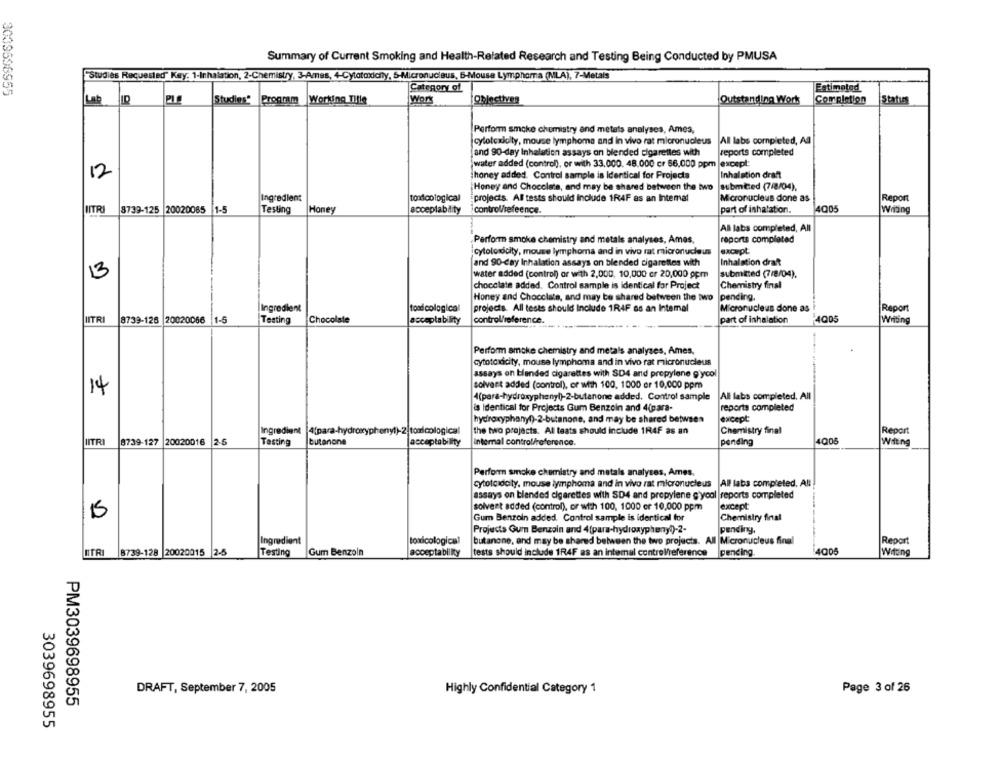
Summary of Current Smoking and Health-Related Research and Testing Being Conducted by PMUSA
"Studies Requested" Key: 1-Inhalation, 2-Chemistry, 3-Ames, 4-Cytotoxicity, 5-Micronucleus, 6-Mouse Lymphoma (MLA), 7-Metals
139696955
Category of
Estimated
Lab
Studies Program
Working Title
Work
Objectives
Outstanding Work
Completion
Status
Perform smoke chemistry and metets analyses, Ames,
cytotoxicity, mouse lymphoma and in vivo rat micronucleus
All labs completed, All
and 90-day Inhalation assays on blended cigarettes with
reports completed
water added (control), or with 33,000. 48.000 cr 66,000 ppm
except:
12
honey added. Control sample is Identical for Projecta
Inhalation dran
Honey and Chocolate, and may be shared between the two
submitted (7/8/04).
Ingredient
toxicological
-projects. All tests should Include 1R4F as an Intemal
Micronucleus done as
Report
IITR
8739-125 20020065 1-5
Testing
Honey
acceptability
control/efeence.
part of inhalation.
4005
Wiring
All labs completed, All
Perform smoke chemistry and metals analyses, Ames,
reports completed
cytotoxicity, mouse lymphoma and in vivo rat micronucleus
except
and 90-day Inhalation assays on blended cigarettes with
Inhalation draf
13
water added (control) or with 2,000, 10,000 cr 20,000 gpm
submitted (7/8/04).
chocolate added. Control sample is identical for Project
Chemistry final
Honey and Chocolate, and may be shared between the two
pending.
Ingredient
toad cological
projects. All tests should Include 1RAF as an Intemal
Micronucleus done as
Report
8739-126 20020066
1-5
Testing
Chocolate
acceptability
control/reference.
part of inhalation
4005
Writing
IITRI
Perform amcke chemistry and metals analyses, Ames,
cytotoxicity, mouse lymphoma and in vivo rat micronucleus
assays on blended cigarettes with SD4 and propylene g'ycol
solvent added (control), or with 100, 1000 er 10,000 ppm
14
All labs completed, All
4(para-hydroxyphenyl)-2-butanone added. Control sample
is Identical for Projects Gum Benzoin and 4(para-
reports completed
hydroxyphany()-2-butanone, and may be shared between
except
Ingredient |4(para-hydroxyphenyl)-2. toolcological
the two projects. All teats should include 1R4F as an
Chemistry final
Report
HITRI
8739-127 20020016 2-5
Tasting
butanone
acceptability
Internal control/reference.
pending
400
Witing
Perform smoke chemistry and metals analyses, Ames,
cytoto doty. mouse lymphoma and in vivo rat micronucleus
All labs completed, All
assays on blended cigarettes with SD4 and prepylene g'yoal reports completed
solvent added (control), or with 100, 1000 er 10,000 ppm
except
Gum Benzoin added. Control sample is identical for
Chemistry final
Projects Gum Benzoin and 4(para-hydroxypheny()-2-
pending,
Ingredient
toxicological
butanone, and may be shared between the two projects. All Micronucleus final
Report
OTRI
8739-128 20020015 2-5
Testing
Gum Benzoln
acceptability
tests should include 1R4F as an intemal control/reference
pending.
400
Witting
DRAFT, September 7, 2005
Highly Confidential Category 1
Page 3 of 26
PM3039698955
3039698955